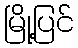
မြို့ပြင်